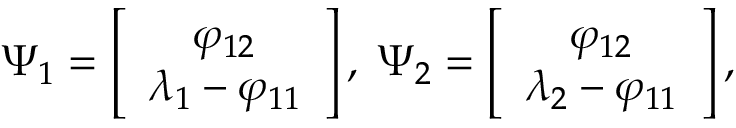
\boldsymbol { \Psi } _ { 1 } = \left[ \begin{array} { c } { \varphi _ { 1 2 } } \\ { \lambda _ { 1 } - \varphi _ { 1 1 } } \end{array} \right] , \; \boldsymbol { \Psi } _ { 2 } = \left[ \begin{array} { c } { \varphi _ { 1 2 } } \\ { \lambda _ { 2 } - \varphi _ { 1 1 } } \end{array} \right] ,